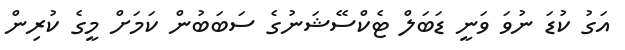
އަގު ކުޑަ ނުވަ ވަނީ ޑަބަލް ޓެކްސޭޝަނުގެ ސަބަބުން ކަމަށް މީގެ ކުރިން